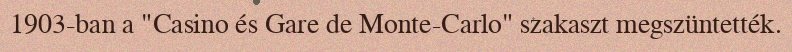
1903-ban a "Casino és Gare de Monte-Carlo" szakaszt megszüntették.